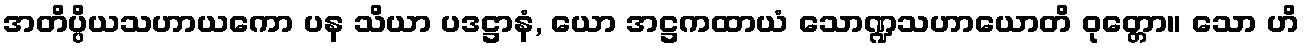
အတိပ္ပိယသဟာယကော ပန သိယာ ပဒဋ္ဌာနံ, ယော အဋ္ဌကထာယံ သောဏ္ဍသဟာယောတိ ဝုတ္တော။ သော ဟိ